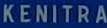
KENITRA